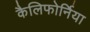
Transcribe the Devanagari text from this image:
कैलिफोर्निया